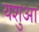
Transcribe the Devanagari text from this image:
यशुआ